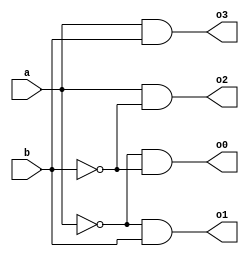
`timescale 1ns / 1ps
//////////////////////////////////////////////////////////////////////////////////
// Company: 
// Engineer: 
// 
// Design Name: 
// Module Name: deco
// Project Name: 
// Target Devices: 
// Tool Versions: 
// Description: 
// 
// Dependencies: 
// 
// Revision:
// Revision 0.01 - File Created
// Additional Comments:
// 
//////////////////////////////////////////////////////////////////////////////////


module deco(
input a,b,
output o0,o1,o2,o3

    );
    assign o0 = ~a & ~b;
    assign o1 = ~a & b;
    assign o2= a& ~b;
    assign o3 = a&b;
endmodule